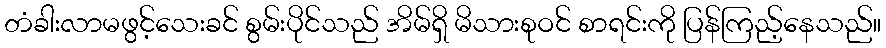
တံခါးလာမဖွင့်သေးခင် စွမ်းပိုင်သည် အိမ်ရှိ မိသားစုဝင် စာရင်းကို ပြန်ကြည့်နေသည်။